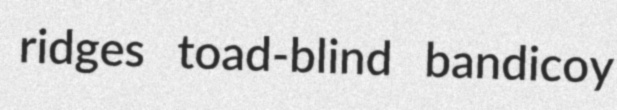
ridges toad-blind bandicoy